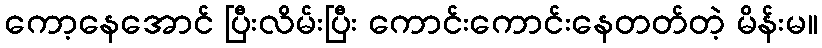
ကော့နေအောင် ပြီးလိမ်းပြီး ကောင်းကောင်းနေတတ်တဲ့ မိန်းမ။